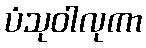
ပံသုဝါလုကာ